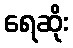
ရေဆိုး